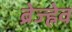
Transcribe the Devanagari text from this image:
ब्रेज्ह्नेव